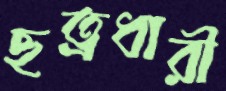
ছত্রধারী